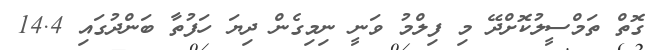
ގޮތް ތަމްސީލުކޮށްދޭ މި ފިލްމު ވަނީ ނިމިގެން ދިޔަ ހަފުތާ ބަންދުގައި 14.4